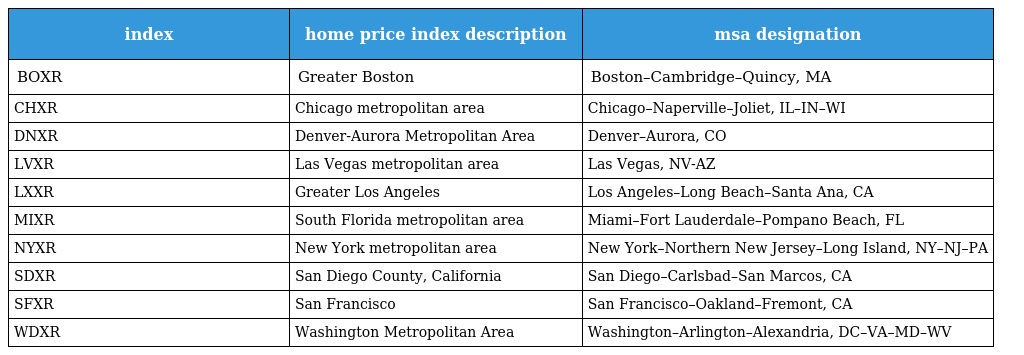
| index | home price index description | msa designation |
 | --- | --- | --- |
 | BOXR | Greater Boston | Boston–Cambridge–Quincy, MA |
 | CHXR | Chicago metropolitan area | Chicago–Naperville–Joliet, IL–IN–WI |
 | DNXR | Denver-Aurora Metropolitan Area | Denver–Aurora, CO |
 | LVXR | Las Vegas metropolitan area | Las Vegas, NV-AZ |
 | LXXR | Greater Los Angeles | Los Angeles–Long Beach–Santa Ana, CA |
 | MIXR | South Florida metropolitan area | Miami–Fort Lauderdale–Pompano Beach, FL |
 | NYXR | New York metropolitan area | New York–Northern New Jersey–Long Island, NY–NJ–PA |
 | SDXR | San Diego County, California | San Diego–Carlsbad–San Marcos, CA |
 | SFXR | San Francisco | San Francisco–Oakland–Fremont, CA |
 | WDXR | Washington Metropolitan Area | Washington–Arlington–Alexandria, DC–VA–MD–WV |